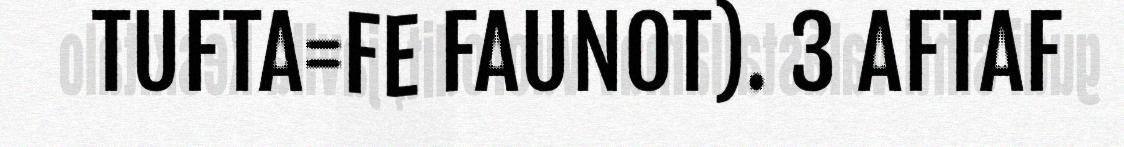
TUFTA=FE FAUNOT). 3 AFTAF